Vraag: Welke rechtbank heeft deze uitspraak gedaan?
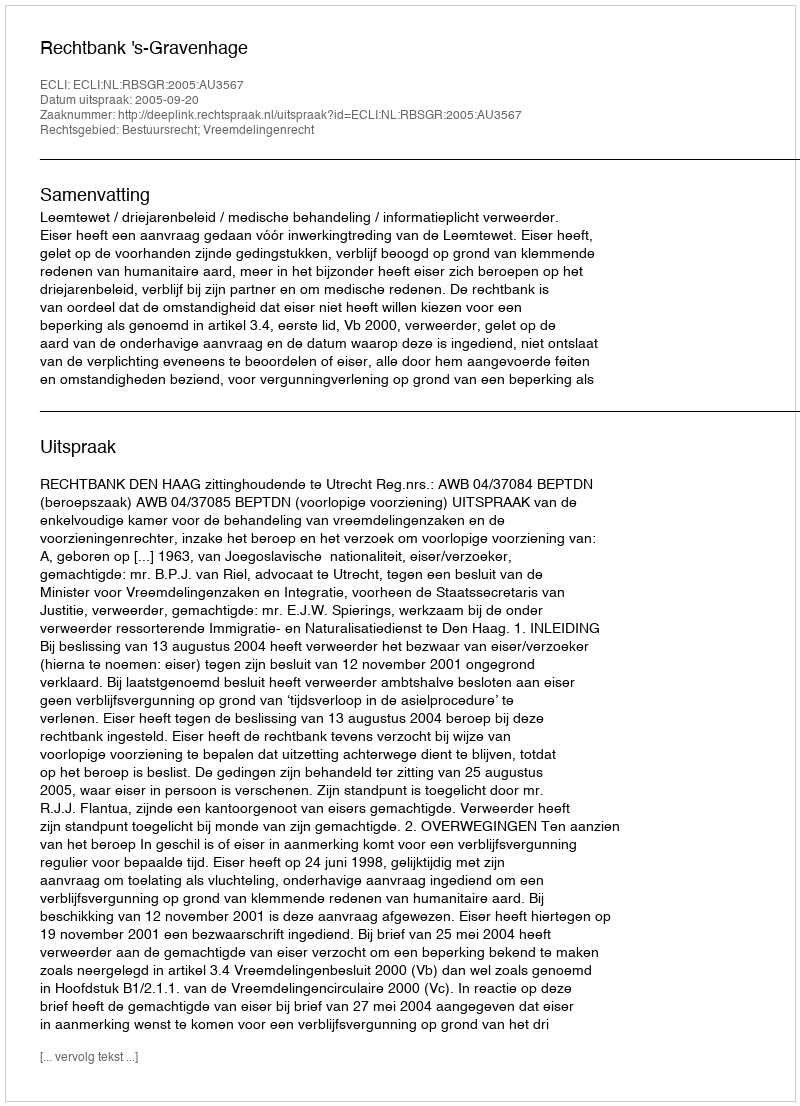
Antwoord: Rechtbank 's-Gravenhage